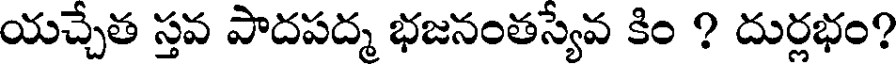
యచ్చేత స్తవ పాదపద్మ భజనంతస్యేవ కిం ? దుర్లభం?